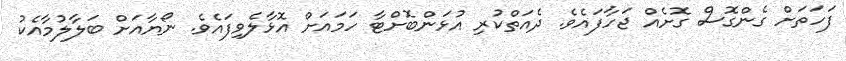
ފަހަތަށް ގެންގޮސް ގޮށެއް ޖަހާފައެވެ. ދެއަތްކުރި އުޅަންބޮށްޓާ ހަމައަށް އޮޅާލެވިފައެވެ. ނޯޔާއަށް ބަލާލުމާއެކު